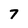
Character: 7